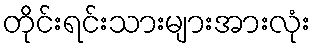
တိုင်းရင်းသားများအားလုံး